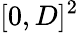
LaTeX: [0,D]^{2}